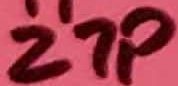
Text: 27P